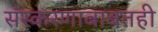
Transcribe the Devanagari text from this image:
संस्करणाबाबतही